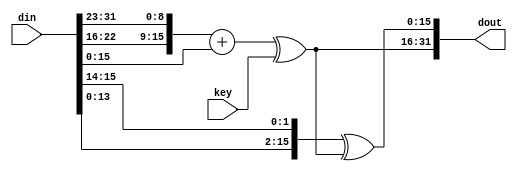
`timescale 1ns / 1ps
//////////////////////////////////////////////////////////////////////////////////
// Company: 
// Engineer: 
// 
// Design Name: 
// Module Name: one_round_32
// Project Name: 
// Target Devices: 
// Tool Versions: 
// Description: 
// 
// Dependencies: 
// 
// Revision:
// Revision 0.01 - File Created
// Additional Comments:
// 
//////////////////////////////////////////////////////////////////////////////////


module one_round_32(
    input wire [31:0] din,
    input wire [15:0] key,
    output wire [31:0] dout
    );
    
    wire [15:0] left, right;
    wire [15:0] left_shift, right_shift;
    wire [15:0] left_add;
    wire [15:0] left_new, right_new;
    
    assign left = din[31:16];
    assign right = din[15:0]; 
    assign left_shift = {left[6:0], left[15:7]};
    assign left_add = left_shift + right;
    assign left_new = left_add ^ key;
    
    assign right_shift = {right[13:0], right[15:14]};
    assign right_new = right_shift ^ left_new;
    assign dout = {left_new, right_new}; 
    
endmodule